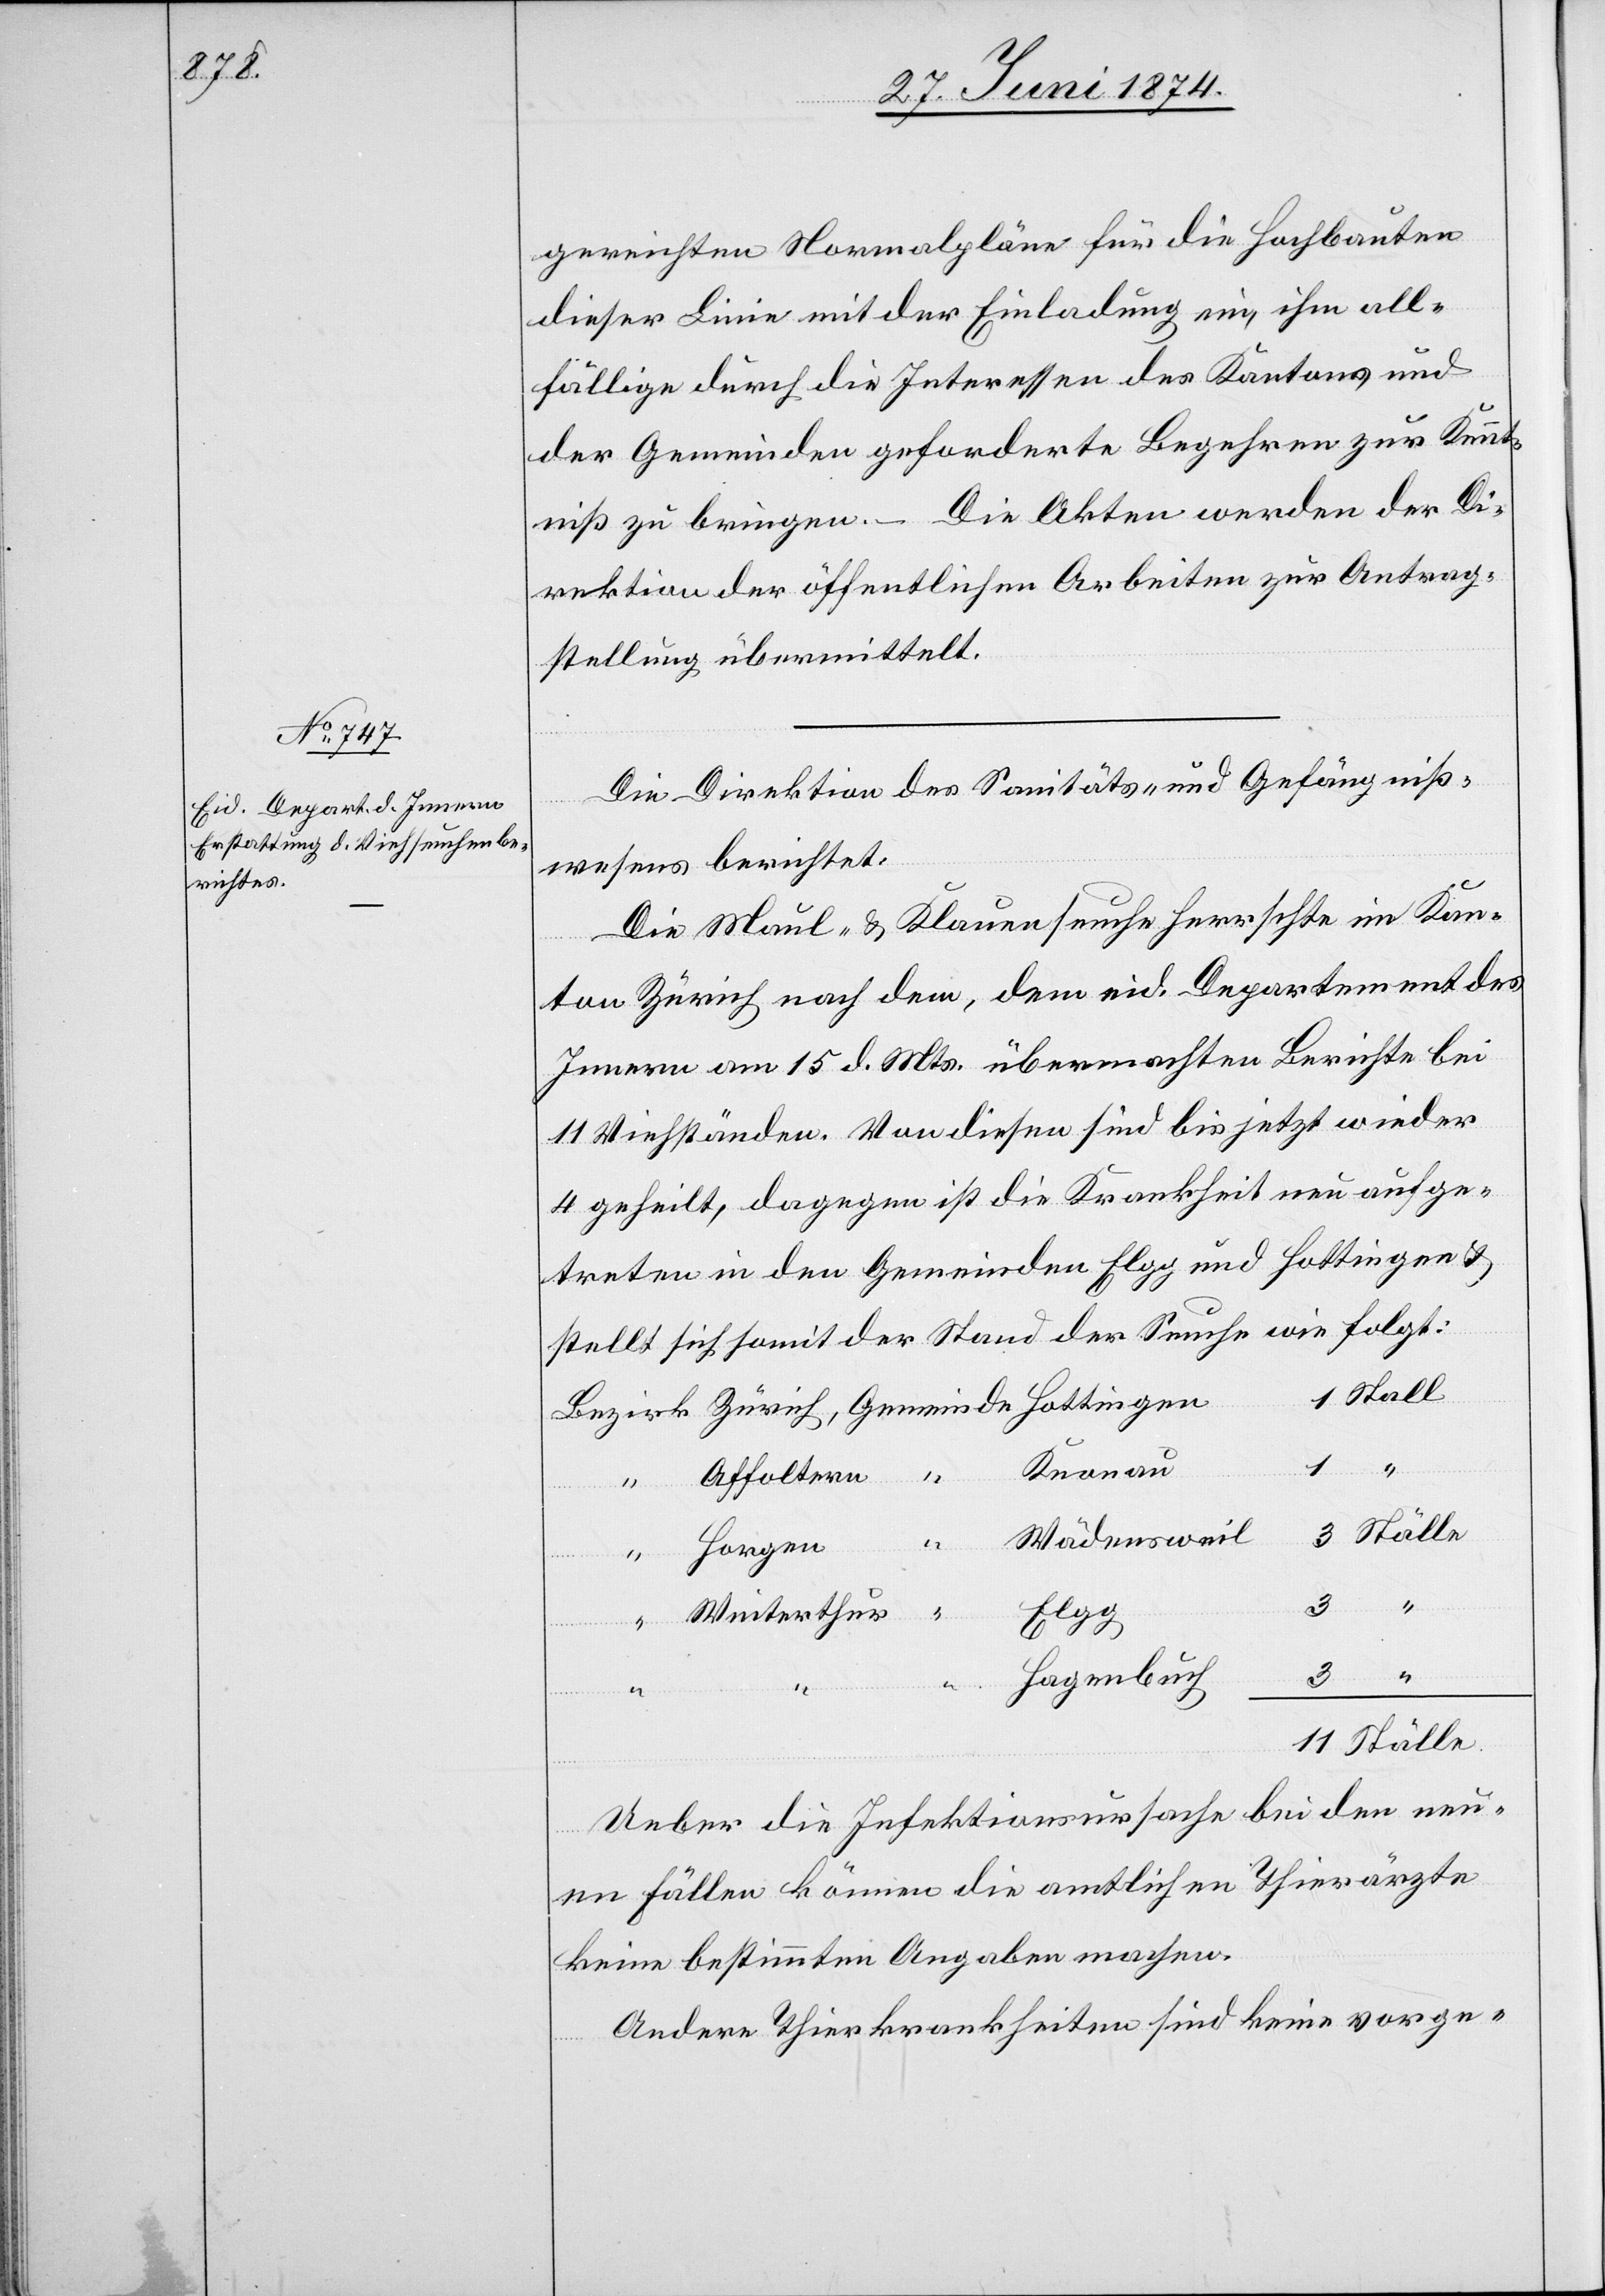
gereichten Normalpläne für die Hochbauten
dieser Linie mit der Einladung ein, ihm all¬
fällige durch die Interessen des Kantons und
der Gemeinden geforderte Begehren zur Kennt¬
niß zu bringen. – Die Akten werden der Di¬
rektion der öffentlichen Arbeiten zur Antrag¬
stellung übermittelt.
Die Direktion des Sanitäts- und Gefängniß¬
wesens berichtet:
Die Maul- u. Klauenseuche herrschte im Kan¬
ton Zürich nach dem, dem eid. Departement des
Innern am 15. d. Mts. übermachten Berichte bei
11 Viehständen. Von diesen sind bis jetzt wieder
4 geheilt, dagegen ist die Krankheit neu aufge¬
treten in den Gemeinde Elgg und Hottingen u.
stellt sich somit der Stand der Seuche wie folgt:
Stall
ingen
1
“
Knonau
Affoltern
Ställe
Wädensweil
1
Horgen
30.
Winterthur
Elgg
Hagenbuch
3
“
11
Ställe
Ueber die Infektionsursache bei den neu¬
en Fällen können die amtlichen Thierärzte
keine bestimmten Angaben machen.
Andere Thierkrankheiten sind keine vorge-
Geme¬